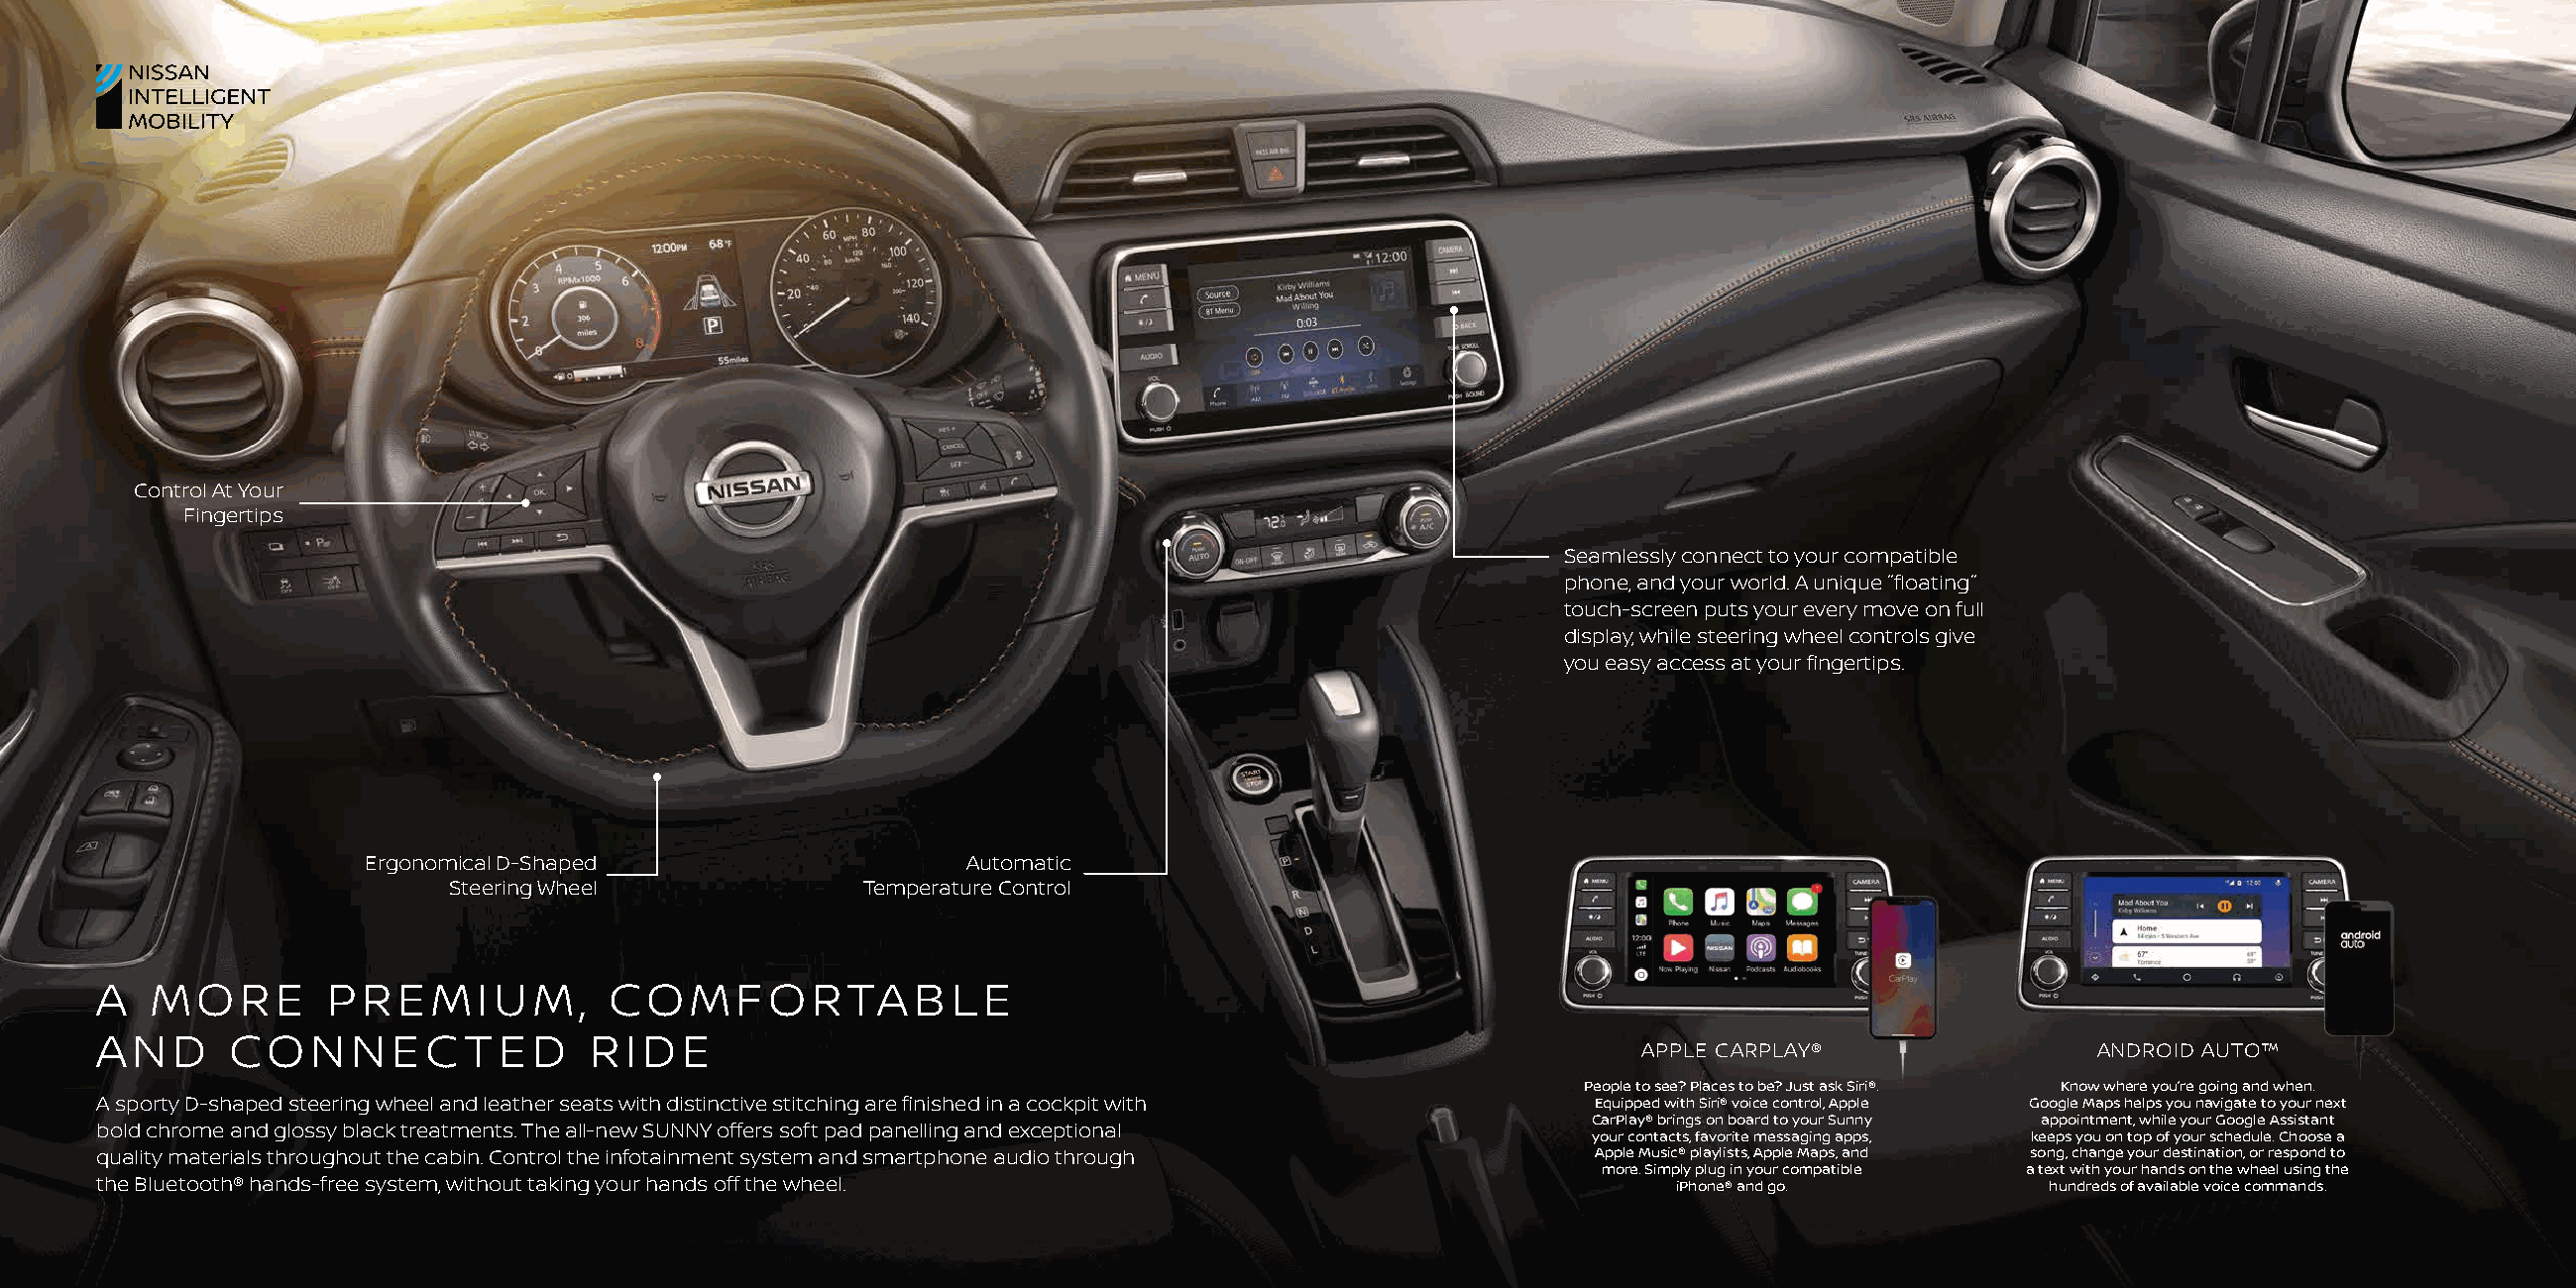
Control At Your
 Fingertips
 Seamlessly connect to your compatible
 phone, and your world. A unique ˝floating˝
 touch-screen puts your every move on full
 display, while steering wheel controls give
 you easy access at your fingertips.
 Ergonomical D-Shaped                     Automatic
 Steering Wheel              Temperature Control
 A   MORE        PREMIUM,           COMFORTABLE
 AND      CONNECTED               RIDE
 APPLE CARPLAY®                ANDROID AUTO™
 People to see? Places to be? Just ask Siri®. Know where you’re going and when.
 A sporty D-shaped steering wheel and leather seats with distinctive stitching are finished in a cockpit with Equipped with Siri® voice control, Apple Google Maps helps you navigate to your next
 CarPlay® brings on board to your Sunny appointment, while your Google Assistant
 bold chrome and glossy black treatments. The all-new SUNNY offers soft pad panelling and exceptional
 your contacts, favorite messaging apps, keeps you on top of your schedule. Choose a
 quality materials throughout the cabin. Control the infotainment system and smartphone audio through Apple Music® playlists, Apple Maps, and song, change your destination, or respond to
 more. Simply plug in your compatible a text with your hands on the wheel using the
 the Bluetooth® hands-free system, without taking your hands off the wheel.                                iPhone® and go.          hundreds of available voice commands.